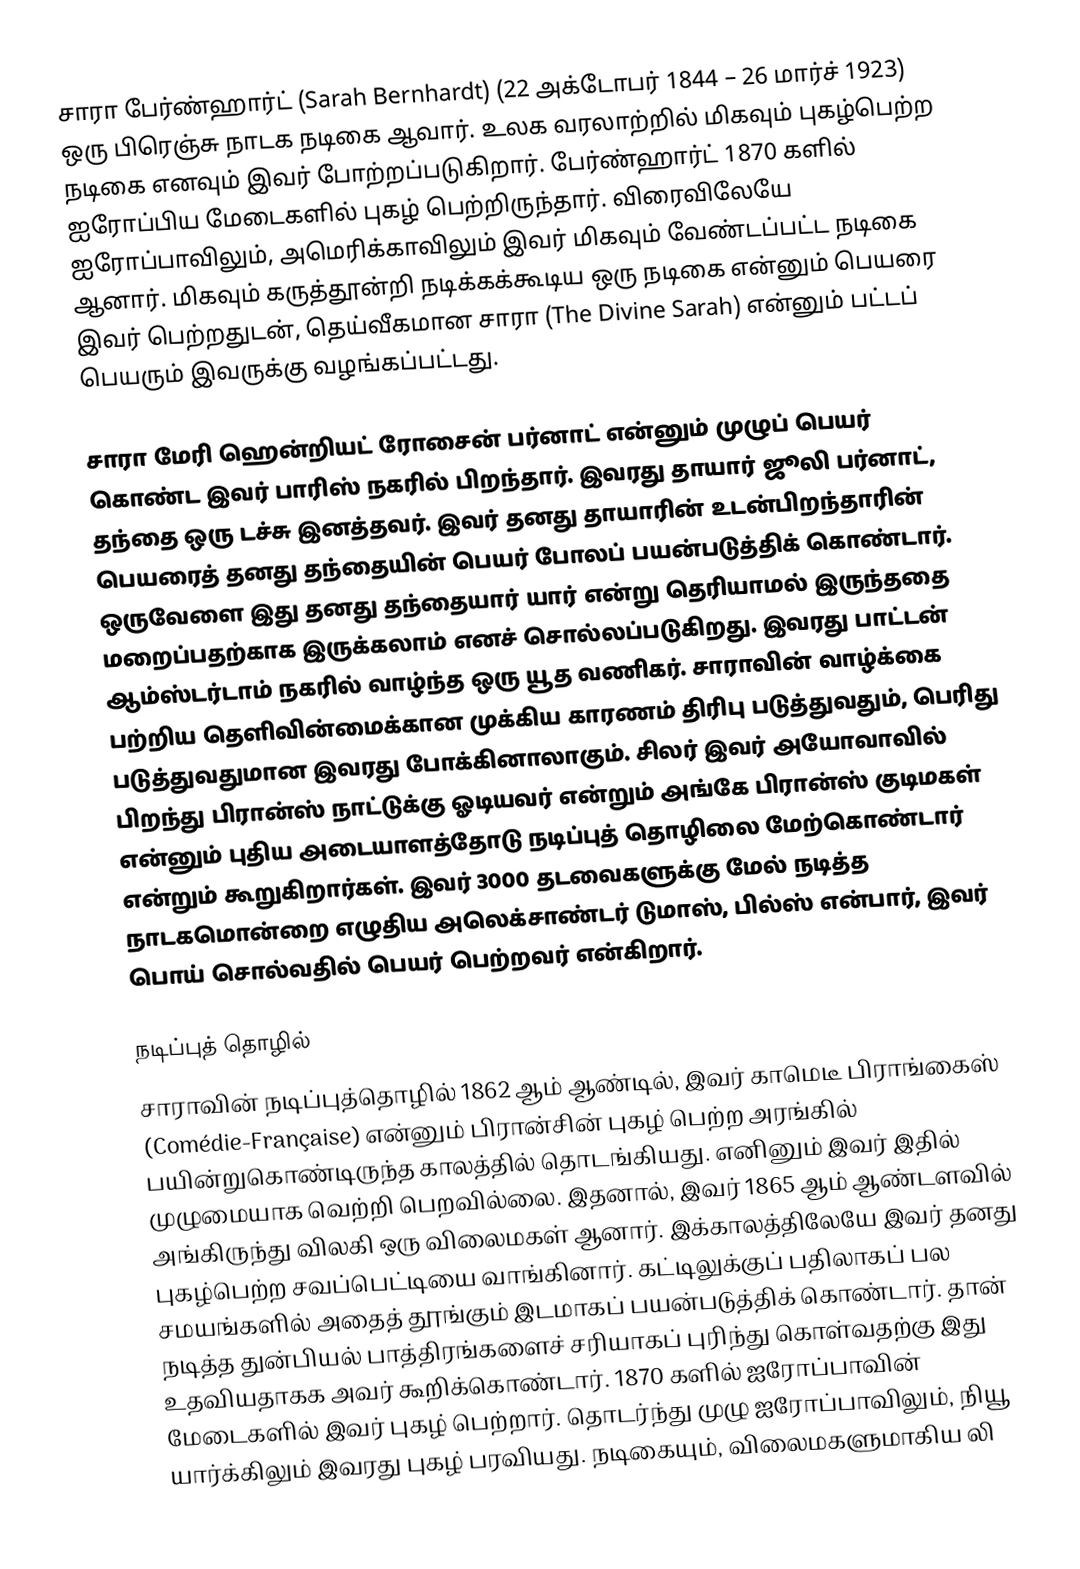
சாரா பேர்ண்ஹார்ட் (Sarah Bernhardt) (22 அக்டோபர் 1844 – 26 மார்ச் 1923) ஒரு பிரெஞ்சு நாடக நடிகை ஆவார். உலக வரலாற்றில் மிகவும் புகழ்பெற்ற நடிகை எனவும் இவர் போற்றப்படுகிறார். பேர்ண்ஹார்ட் 1870 களில் ஐரோப்பிய மேடைகளில் புகழ் பெற்றிருந்தார். விரைவிலேயே ஐரோப்பாவிலும், அமெரிக்காவிலும் இவர் மிகவும் வேண்டப்பட்ட நடிகை ஆனார்.  மிகவும் கருத்தூன்றி நடிக்கக்கூடிய ஒரு நடிகை என்னும் பெயரை இவர் பெற்றதுடன், தெய்வீகமான சாரா (The Divine Sarah) என்னும் பட்டப் பெயரும் இவருக்கு வழங்கப்பட்டது.

சாரா மேரி ஹென்றியட் ரோசைன் பர்னாட் என்னும் முழுப் பெயர் கொண்ட இவர் பாரிஸ் நகரில் பிறந்தார். இவரது தாயார் ஜூலி பர்னாட், தந்தை ஒரு டச்சு இனத்தவர். இவர் தனது தாயாரின் உடன்பிறந்தாரின் பெயரைத் தனது தந்தையின் பெயர் போலப் பயன்படுத்திக் கொண்டார். ஒருவேளை இது தனது தந்தையார் யார் என்று தெரியாமல் இருந்ததை மறைப்பதற்காக இருக்கலாம் எனச் சொல்லப்படுகிறது. இவரது பாட்டன் ஆம்ஸ்டர்டாம் நகரில் வாழ்ந்த ஒரு யூத வணிகர். சாராவின் வாழ்க்கை பற்றிய தெளிவின்மைக்கான முக்கிய காரணம் திரிபு படுத்துவதும், பெரிது படுத்துவதுமான இவரது போக்கினாலாகும். சிலர் இவர் அயோவாவில் பிறந்து பிரான்ஸ் நாட்டுக்கு ஓடியவர் என்றும் அங்கே பிரான்ஸ் குடிமகள் என்னும் புதிய அடையாளத்தோடு நடிப்புத் தொழிலை மேற்கொண்டார் என்றும் கூறுகிறார்கள். இவர் 3000 தடவைகளுக்கு மேல் நடித்த நாடகமொன்றை எழுதிய அலெக்சாண்டர் டுமாஸ், பில்ஸ் என்பார், இவர் பொய் சொல்வதில் பெயர் பெற்றவர் என்கிறார்.

நடிப்புத் தொழில்
சாராவின் நடிப்புத்தொழில் 1862 ஆம் ஆண்டில், இவர் காமெடீ பிராங்கைஸ் (Comédie-Française) என்னும் பிரான்சின் புகழ் பெற்ற அரங்கில் பயின்றுகொண்டிருந்த காலத்தில் தொடங்கியது. எனினும் இவர் இதில் முழுமையாக வெற்றி பெறவில்லை. இதனால், இவர் 1865 ஆம் ஆண்டளவில் அங்கிருந்து விலகி ஒரு விலைமகள் ஆனார். இக்காலத்திலேயே இவர் தனது புகழ்பெற்ற சவப்பெட்டியை வாங்கினார். கட்டிலுக்குப் பதிலாகப் பல சமயங்களில் அதைத் தூங்கும் இடமாகப் பயன்படுத்திக் கொண்டார். தான் நடித்த துன்பியல் பாத்திரங்களைச் சரியாகப் புரிந்து கொள்வதற்கு இது உதவியதாகக அவர் கூறிக்கொண்டார். 1870 களில் ஐரோப்பாவின் மேடைகளில் இவர் புகழ் பெற்றார். தொடர்ந்து முழு ஐரோப்பாவிலும், நியூ யார்க்கிலும் இவரது புகழ் பரவியது. நடிகையும், விலைமகளுமாகிய லி